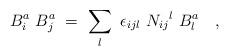
LaTeX: \begin{align*}{B}_i^a \ {B}_j^a \ = \ \sum_l \ \epsilon_{ijl} \ {N_{ij}}^l \ {B}_l^a\quad ,\end{align*}